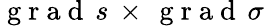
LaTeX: \mathrm{~g~r~a~d~}\, s\, \times\, \mathrm{~g~r~a~d~}\, \sigma